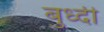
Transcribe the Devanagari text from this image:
बुध्‍दी